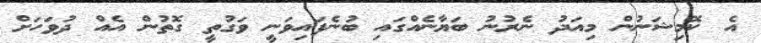
އެ ކޮމިޝަނުން މިއަދު ނެރުނު ބަޔާނެއްގައި ބުނެފައިވަނީ ވަގުތީ ގޮތުން އެއް ދުވަހަށް